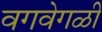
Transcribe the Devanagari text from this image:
वगवेगळी